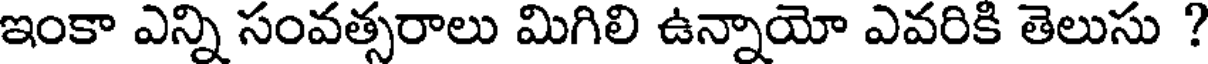
ఇంకా ఎన్ని సంవత్సరాలు మిగిలి ఉన్నాయో ఎవరికి తెలుసు ?